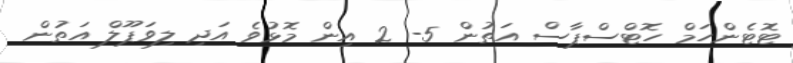
ޓޮޓެންހަމް ހޮޓްސްޕާސް އަތުން 5- 2 އިން މޮޅުވެ އަދި ލިވަޕޫލް އަތުން